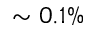
\sim 0 . 1 \%